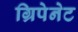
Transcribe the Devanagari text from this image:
ग्रिपेनेट